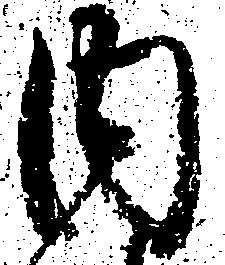
内